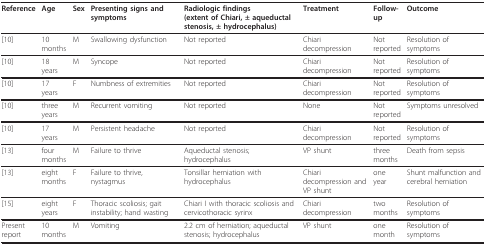
| Reference | Age | Sex | Presenting signs and symptoms | Radiologic findings (extent of Chiari, ± aqueductal stenosis, ± hydrocephalus) | Treatment | Follow-up | Outcome |
 | --- | --- | --- | --- | --- | --- | --- | --- |
 | [10] | 10 months | M | Swallowing dysfunction | Not reported | Chiari decompression | Not reported | Resolution of symptoms |
 | [10] | 18 years | M | Syncope | Not reported | Chiari decompression | Not reported | Resolution of symptoms |
 | [10] | 17 years | F | Numbness of extremities | Not reported | Chiari decompression | Not reported | Resolution of symptoms |
 | [10] | three years | M | Recurrent vomiting | Not reported | None | Not reported | Symptoms unresolved |
 | [10] | 17 years | M | Persistent headache | Not reported | Chiari decompression | Not reported | Resolution of symptoms |
 | [13] | four months | M | Failure to thrive | Aqueductal stenosis; hydrocephalus | VP shunt | three months | Death from sepsis |
 | [13] | eight months | F | Failure to thrive, nystagmus | Tonsillar herniation with hydrocephalus | Chiari decompression and VP shunt | one year | Shunt malfunction and cerebral herniation |
 | [15] | eight years | F | Thoracic scoliosis; gait instability; hand wasting | Chiari I with thoracic scoliosis and cervicothoracic syrinx | Chiari decompression | two months | Resolution of symptoms |
 | Present report | 10 months | M | Vomiting | 2.2 cm of herniation; aqueductal stenosis; hydrocephalus | VP shunt | one month | Resolution of symptoms |